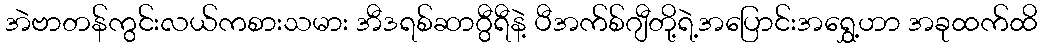
အဲဗာတန်ကွင်းလယ်ကစားသမား အီဒရစ်ဆာဂွီရီနဲ့ ပီအက်စ်ဂျီတို့ရဲ့အပြောင်းအရွှေ့ဟာ အခုထက်ထိ